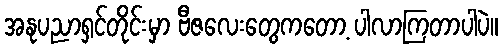
အနုပညာရှင်တိုင်းမှာ ဗီဇလေးတွေကတော့ ပါလာကြတာပါပဲ။